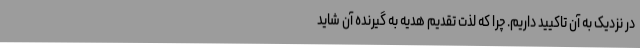
در نزدیک به آن تاکیید داریم. چرا که لذت تقدیم هدیه به گیرنده آن شاید